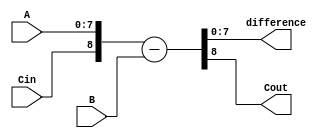
module ripple_carry_subtractor (
    input [7:0] A,
    input [7:0] B,
    input Cin,
    output reg [7:0] difference,
    output Cout
);

reg [8:0] temp_diff;

always @* begin
    temp_diff = {Cin, A} - B;
end

assign difference = temp_diff[7:0];
assign Cout = temp_diff[8];

endmodule